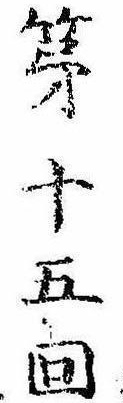
第十五回